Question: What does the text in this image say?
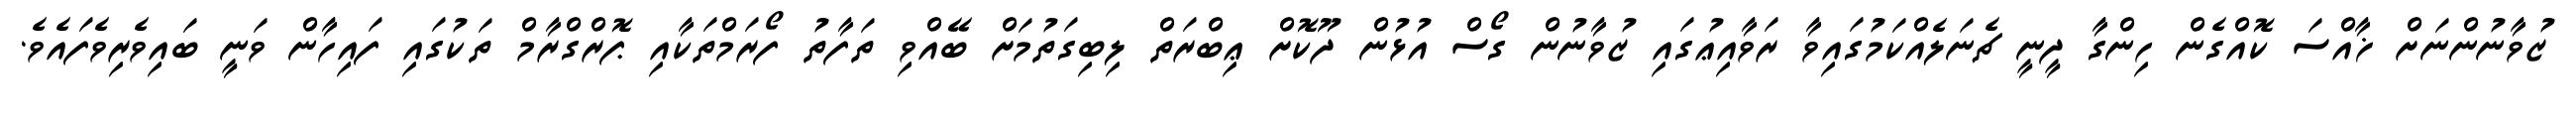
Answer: ޒުވާނުންނަށް ޚާއްސަ ކޮއްގެން ހިންގާ ދީނީ ޗެނަލެއްކަމުގައިވާ ރަވާއިޢުގައި ޒުވާނުން ގޯސް އުޅުން ދޫކޮށް ޢިބްރަތް ލިބިގަތުމަށް ބޭއްވި ތަފާތު ފޯރަމްތަކާއި ޕޮރްގްރާމް ތަކުގައި ފައިހާން ވަނީ ބައިވެރިވެފައެވެ.